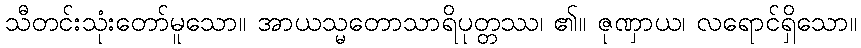
သီတင်းသုံးတော်မူသော။ အာယသ္မတောသာရိပုတ္တဿ၊ ၏။ ဇုဏှာယ၊ လရောင်ရှိသော။